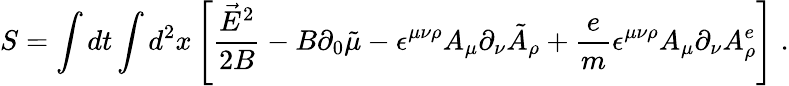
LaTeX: S=\int dt\int d^{2}x\left[\frac{\vec{E}^{2}}{2B}-B\partial_{0}\tilde{\mu}-\epsilon^{\mu\nu\rho}A_{\mu}\partial_{\nu}\tilde{A}_{\rho}+\frac{e}{m}\epsilon^{\mu\nu\rho}A_{\mu}\partial_{\nu}A_{\rho}^{e}\right]\; .